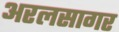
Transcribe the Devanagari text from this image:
अरलसागर